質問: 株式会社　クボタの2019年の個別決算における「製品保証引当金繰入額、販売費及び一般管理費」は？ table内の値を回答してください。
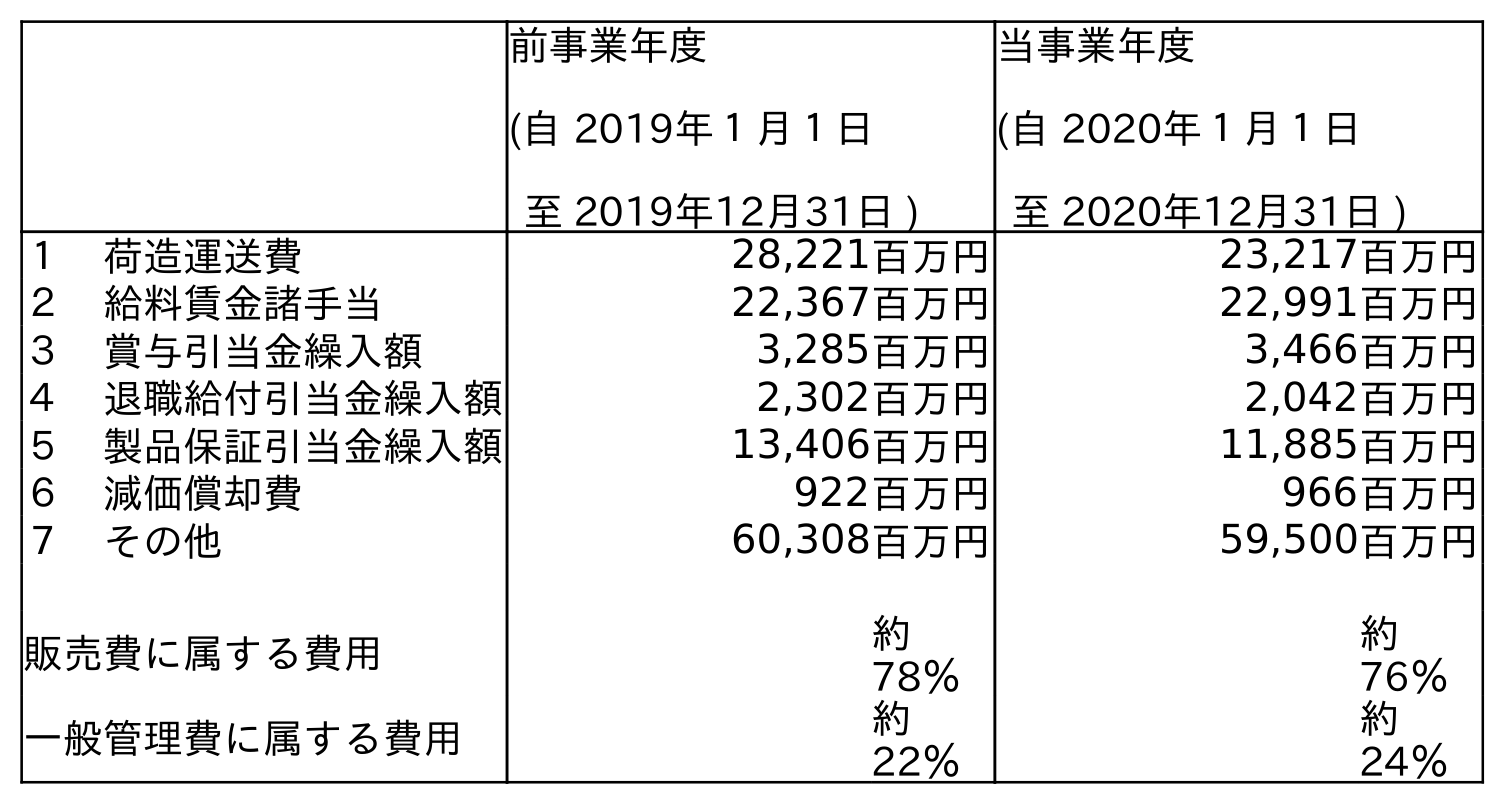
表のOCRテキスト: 前事業年度 (自 2019年１月１日 至 2019年12月31日 ) 当事業年度 (自 2020年１月１日 至 2020年12月31日 ) １ 荷造運送費 28,221百万円 23,217百万円 ２ 給料賃金諸手当 22,367百万円 22,991百万円 ３ 賞与引当金繰入額 3,285百万円 3,466百万円 ４ 退職給付引当金繰入額 2,302百万円 2,042百万円 ５ 製品保証引当金繰入額 13,406百万円 11,885百万円 ６ 減価償却費 922百万円 966百万円 ７ その他 60,308百万円 59,500百万円 販売費に属する費用 約 78％ 約 76％ 一般管理費に属する費用 約 22％ 約 24％
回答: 13,406